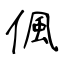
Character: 偑